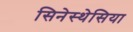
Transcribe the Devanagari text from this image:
सिनेस्थेसिया